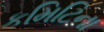
કમિટિના